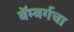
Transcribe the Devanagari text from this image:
बॅम्बर्गचा